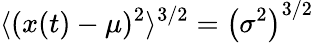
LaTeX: \langle(x(t)-\mu)^{2}\rangle^{3/2}=\left(\sigma^{2}\right)^{3/2}